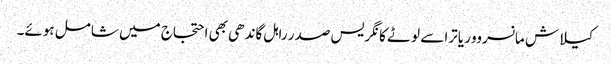
کیلاش مانسروور یاترا سے لوٹے کانگریس صدر راہل گاندھی بھی احتجاج میں شامل ہوئے۔